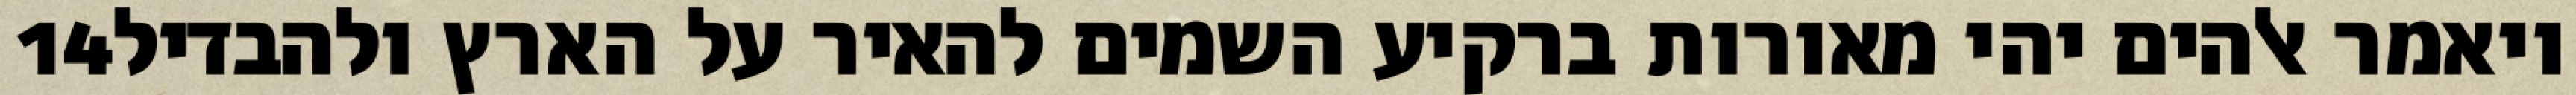
‎14‏ ויאמר אלהים יהי מאורות ברקיע השמים להאיר על הארץ ולהבדיל